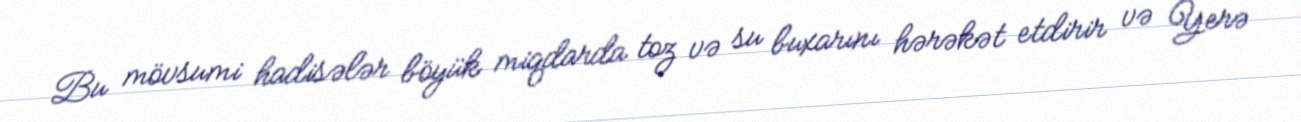
Bu mövsumi hadisələr böyük miqdarda toz və su buxarını hərəkət etdirir və Yerə